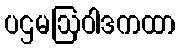
ပဌမဩဝါဒကထာ